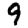
Digit: 9